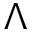
\Lambda